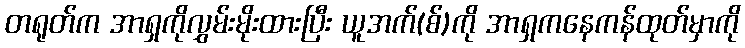
တရုတ်က အာရှကိုလွှမ်းမိုးထားပြီး ယူအက်(စ်)ကို အာရှကနေကန်ထုတ်မှာကို